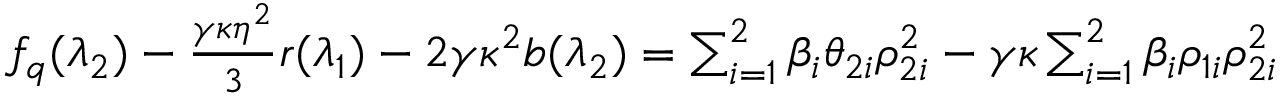
\begin{array} { r l } & { f _ { q } ( \lambda _ { 2 } ) - \frac { \gamma \kappa \eta ^ { 2 } } { 3 } r ( \lambda _ { 1 } ) - 2 \gamma \kappa ^ { 2 } b ( \lambda _ { 2 } ) = \sum _ { i = 1 } ^ { 2 } \beta _ { i } \theta _ { 2 i } \rho _ { 2 i } ^ { 2 } - \gamma \kappa \sum _ { i = 1 } ^ { 2 } \beta _ { i } \rho _ { 1 i } \rho _ { 2 i } ^ { 2 } } \end{array}